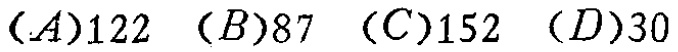
$(A)122\ (B)87\ (C)152\ (D)30$